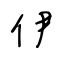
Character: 伊